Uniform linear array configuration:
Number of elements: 48
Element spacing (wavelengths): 1
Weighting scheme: kaiser
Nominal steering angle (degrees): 15
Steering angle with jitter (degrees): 15.413
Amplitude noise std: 0.05
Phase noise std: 0.05

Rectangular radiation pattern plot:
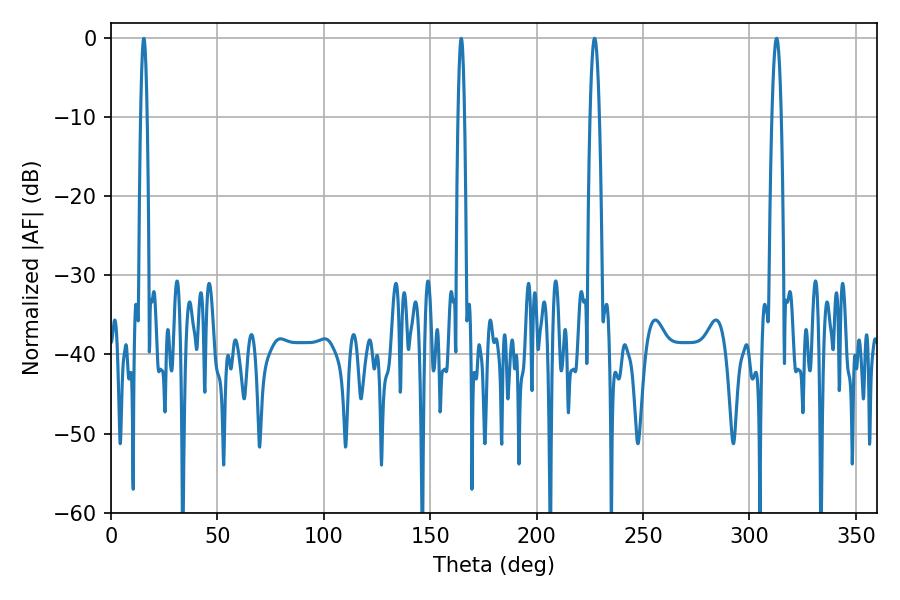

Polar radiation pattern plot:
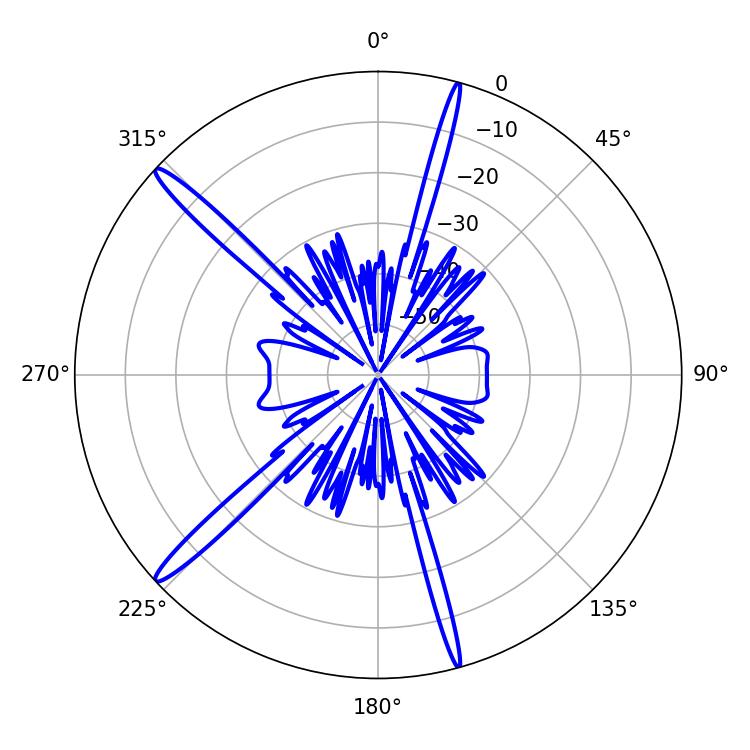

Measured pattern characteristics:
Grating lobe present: TRUE
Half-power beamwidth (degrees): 2.34
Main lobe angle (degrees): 227.16